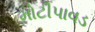
મોટીપાવડ